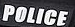
POLICE